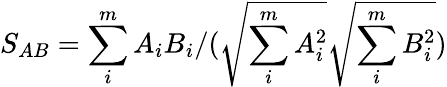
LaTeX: S_{AB}=\sum_{i}^{m}A_{i}B_{i}/(\sqrt{\sum_{i}^{m}A_{i}^{2}}\sqrt{\sum_{i}^{m}B_{i}^{2}})